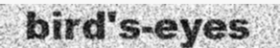
bird's-eyes